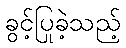
ခွင့်ပြုခဲ့သည့်